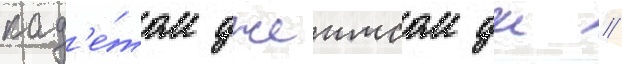
кад'е́том джеимсом дж //